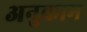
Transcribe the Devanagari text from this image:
अनुकाम